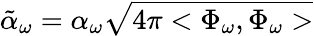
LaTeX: \tilde{\alpha}_{\omega}=\alpha_{\omega}\sqrt{4\pi<\Phi_{\omega},\Phi_{\omega}>}